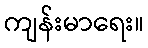
ကျန်းမာရေး။